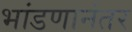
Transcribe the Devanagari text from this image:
भांडणानंतर